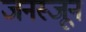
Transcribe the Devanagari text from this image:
जनस्जून